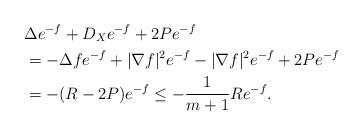
LaTeX: \begin{align*} & \Delta e^{-f}+ D_X e^{-f}+ 2P e^{-f}\\ &=-\Delta f e^{-f}+|\nabla f|^2 e^{-f}-|\nabla f|^2 e^{-f}+2P e^{-f}\\ &=-(R-2P) e^{-f}\leq -\frac{1}{m+1}Re^{-f}. \end{align*}